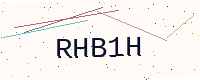
Text: RHB1H